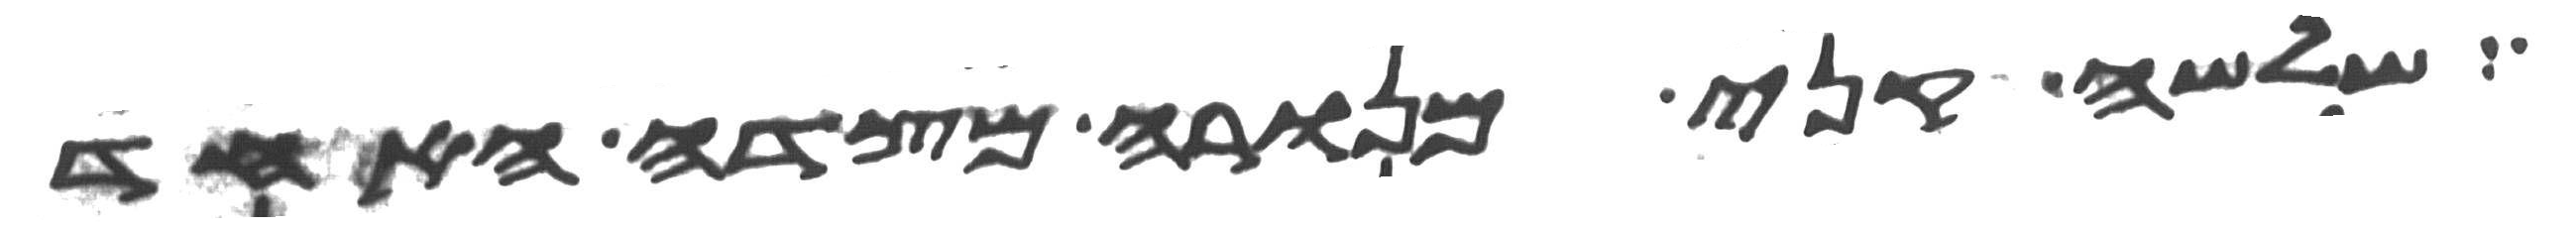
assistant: שלשה קני מנורה מצדה האחד